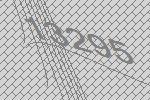
13295